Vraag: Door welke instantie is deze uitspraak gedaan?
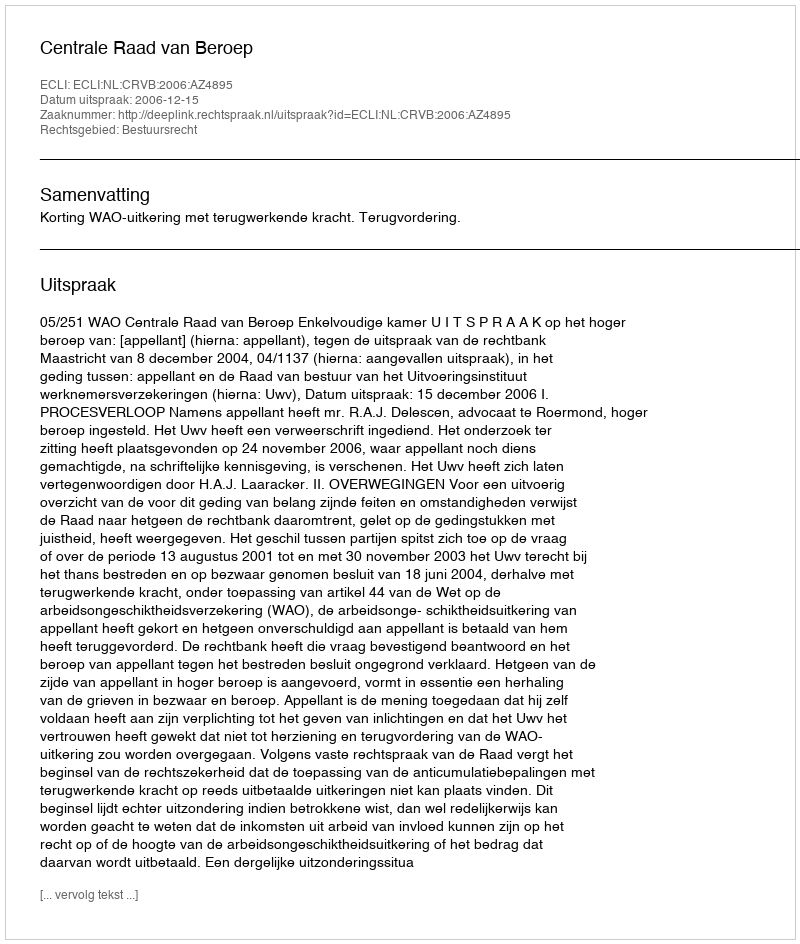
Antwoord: Centrale Raad van Beroep